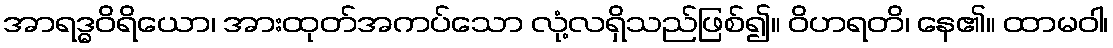
အာရဒ္ဓဝိရိယော၊ အားထုတ်အကပ်သော လုံ့လရှိသည်ဖြစ်၍။ ဝိဟရတိ၊ နေ၏။ ထာမဝါ၊